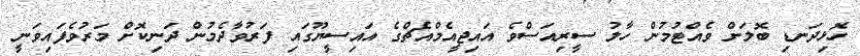
ހޮޅިދަނޑި ބޮލަށް ވެއްޓުމުން ހާލު ސީރިއަސްވެ އައިޖީއެމްއެޗްގެ އައިސީޔޫގައި ފަރުވާދެމުން ދަނިކޮށް މަރުވެފައިވަނީ